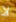
لا